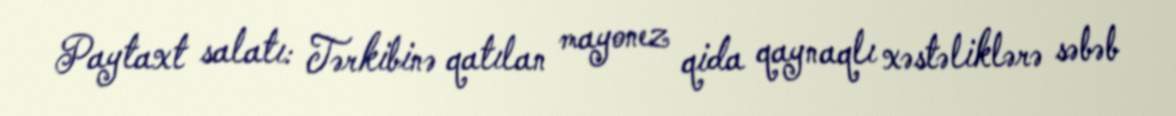
Paytaxt salatı: Tərkibinə qatılan mayonez qida qaynaqlı xəstəliklərə səbəb